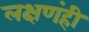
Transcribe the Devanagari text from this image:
लक्षणंही